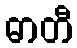
ဓာတီ